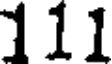
111